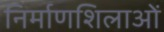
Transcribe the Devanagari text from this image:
निर्माणशिलाओं